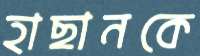
হাছানকে